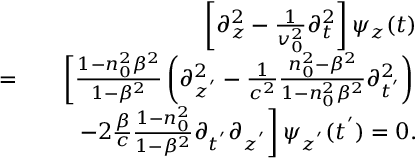
\begin{array} { r l r } & { } & { \left[ \partial _ { z } ^ { 2 } - \frac { 1 } { v _ { 0 } ^ { 2 } } \partial _ { t } ^ { 2 } \right] \psi _ { z } ( t ) } \\ { = } & { } & { \left[ \frac { 1 - n _ { 0 } ^ { 2 } \beta ^ { 2 } } { 1 - \beta ^ { 2 } } \left( \partial _ { z ^ { ' } } ^ { 2 } - \frac { 1 } { c ^ { 2 } } \frac { n _ { 0 } ^ { 2 } - \beta ^ { 2 } } { 1 - n _ { 0 } ^ { 2 } \beta ^ { 2 } } \partial _ { t ^ { ' } } ^ { 2 } \right) \right. } \\ & { } & { \left. - 2 \frac { \beta } { c } \frac { 1 - n _ { 0 } ^ { 2 } } { 1 - \beta ^ { 2 } } \partial _ { t ^ { ' } } \partial _ { z ^ { ' } } \right] \psi _ { z ^ { ' } } ( t ^ { ' } ) = 0 . } \end{array}